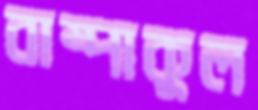
বাষ্পাকুল